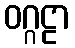
ဝဂ္ဂဠာ